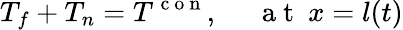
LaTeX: T_{f}+T_{n}=T^{\mathrm{~c~o~n~}},~~~~~\mathrm{~a~t~}~x=l(t)